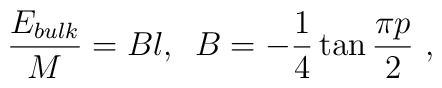
\frac{E_{bulk}}{M}=Bl,\, \, \, B=-\frac{1}{4}\tan \frac{\pi p}{2}\, \, ,